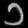
Digit: ၁